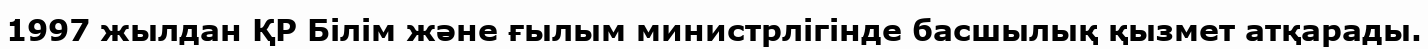
1997 жылдан ҚР Білім және ғылым министрлігінде басшылық қызмет атқарады.